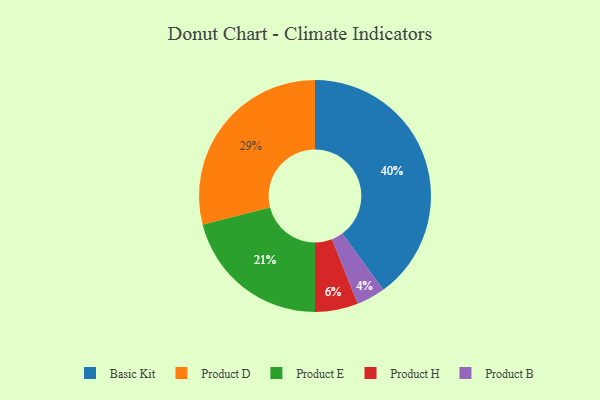
{"axis": {"x": "Category", "y": "Percentage"}, "legend": ["Basic Kit", "Product B", "Product D", "Product E", "Product H"], "data": [{"x": "Product H", "y": 6, "type": "Product H"}, {"x": "Product E", "y": 21, "type": "Product E"}, {"x": "Product B", "y": 4, "type": "Product B"}, {"x": "Product D", "y": 29, "type": "Product D"}, {"x": "Basic Kit", "y": 40, "type": "Basic Kit"}]}